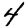
Digit: 4